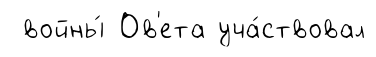
войны́ Ов'ета уча́ствовал